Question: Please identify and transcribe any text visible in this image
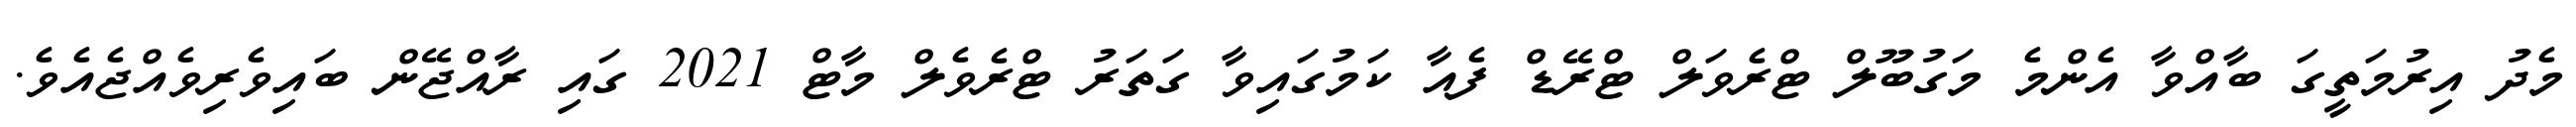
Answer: މެދު އިރުމަތީގަ ބާއްވާ އެންމެ މަގުބޫލް ޓްރެވަލް ޓްރޭޑް ފެއާ ކަމުގައިވާ ގަތަރު ޓްރެވެލް މާޓް 2021 ގައި ރާއްޖޭން ބައިވެރިވެއްޖެއެވެ.